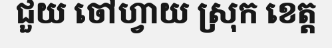
ជួយ ចៅហ្វាយ ស្រុក ខេត្ត